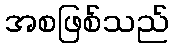
အစဖြစ်သည်